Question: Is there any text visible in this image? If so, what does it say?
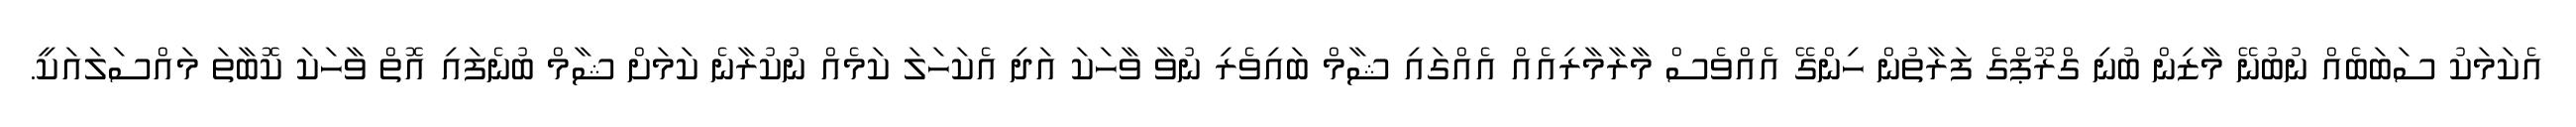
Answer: އެކަމަކު ސަބަބެއް ނުބުނޭ މާޒިން ބުނި ގްރޫޕްގެ ފަރާތުން ހިންގޭ އެއްވެސް މާރާމާރިއެއް އެއްގައި ޝާމް ބައިވެރި ނުވާ ވާހަކަ އަދި އެކަހަލަ ކަމެއް ނުކުރާނެ ކަމަށް ޝާމް ބުނެފައި އޮތް ވާހަކަ ކޮބާތަ މައްސަލައަކީ.